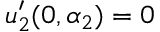
u _ { 2 } ^ { \prime } ( 0 , \alpha _ { 2 } ) = 0